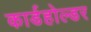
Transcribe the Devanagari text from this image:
कार्डहोल्डर